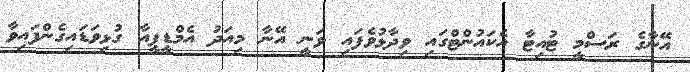
އޭނާގެ ރަސްމީ ޓުއިޓާ އެކައުންޓްގައި ވިދާޅުވެފައި ވަނީ އޭނާ މިއަދު އެމްޑީޕީއާ ގުޅިވަޑައިގެންފައިވާ